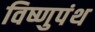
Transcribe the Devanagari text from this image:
विष्णुपंथ